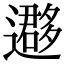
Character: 𨘂